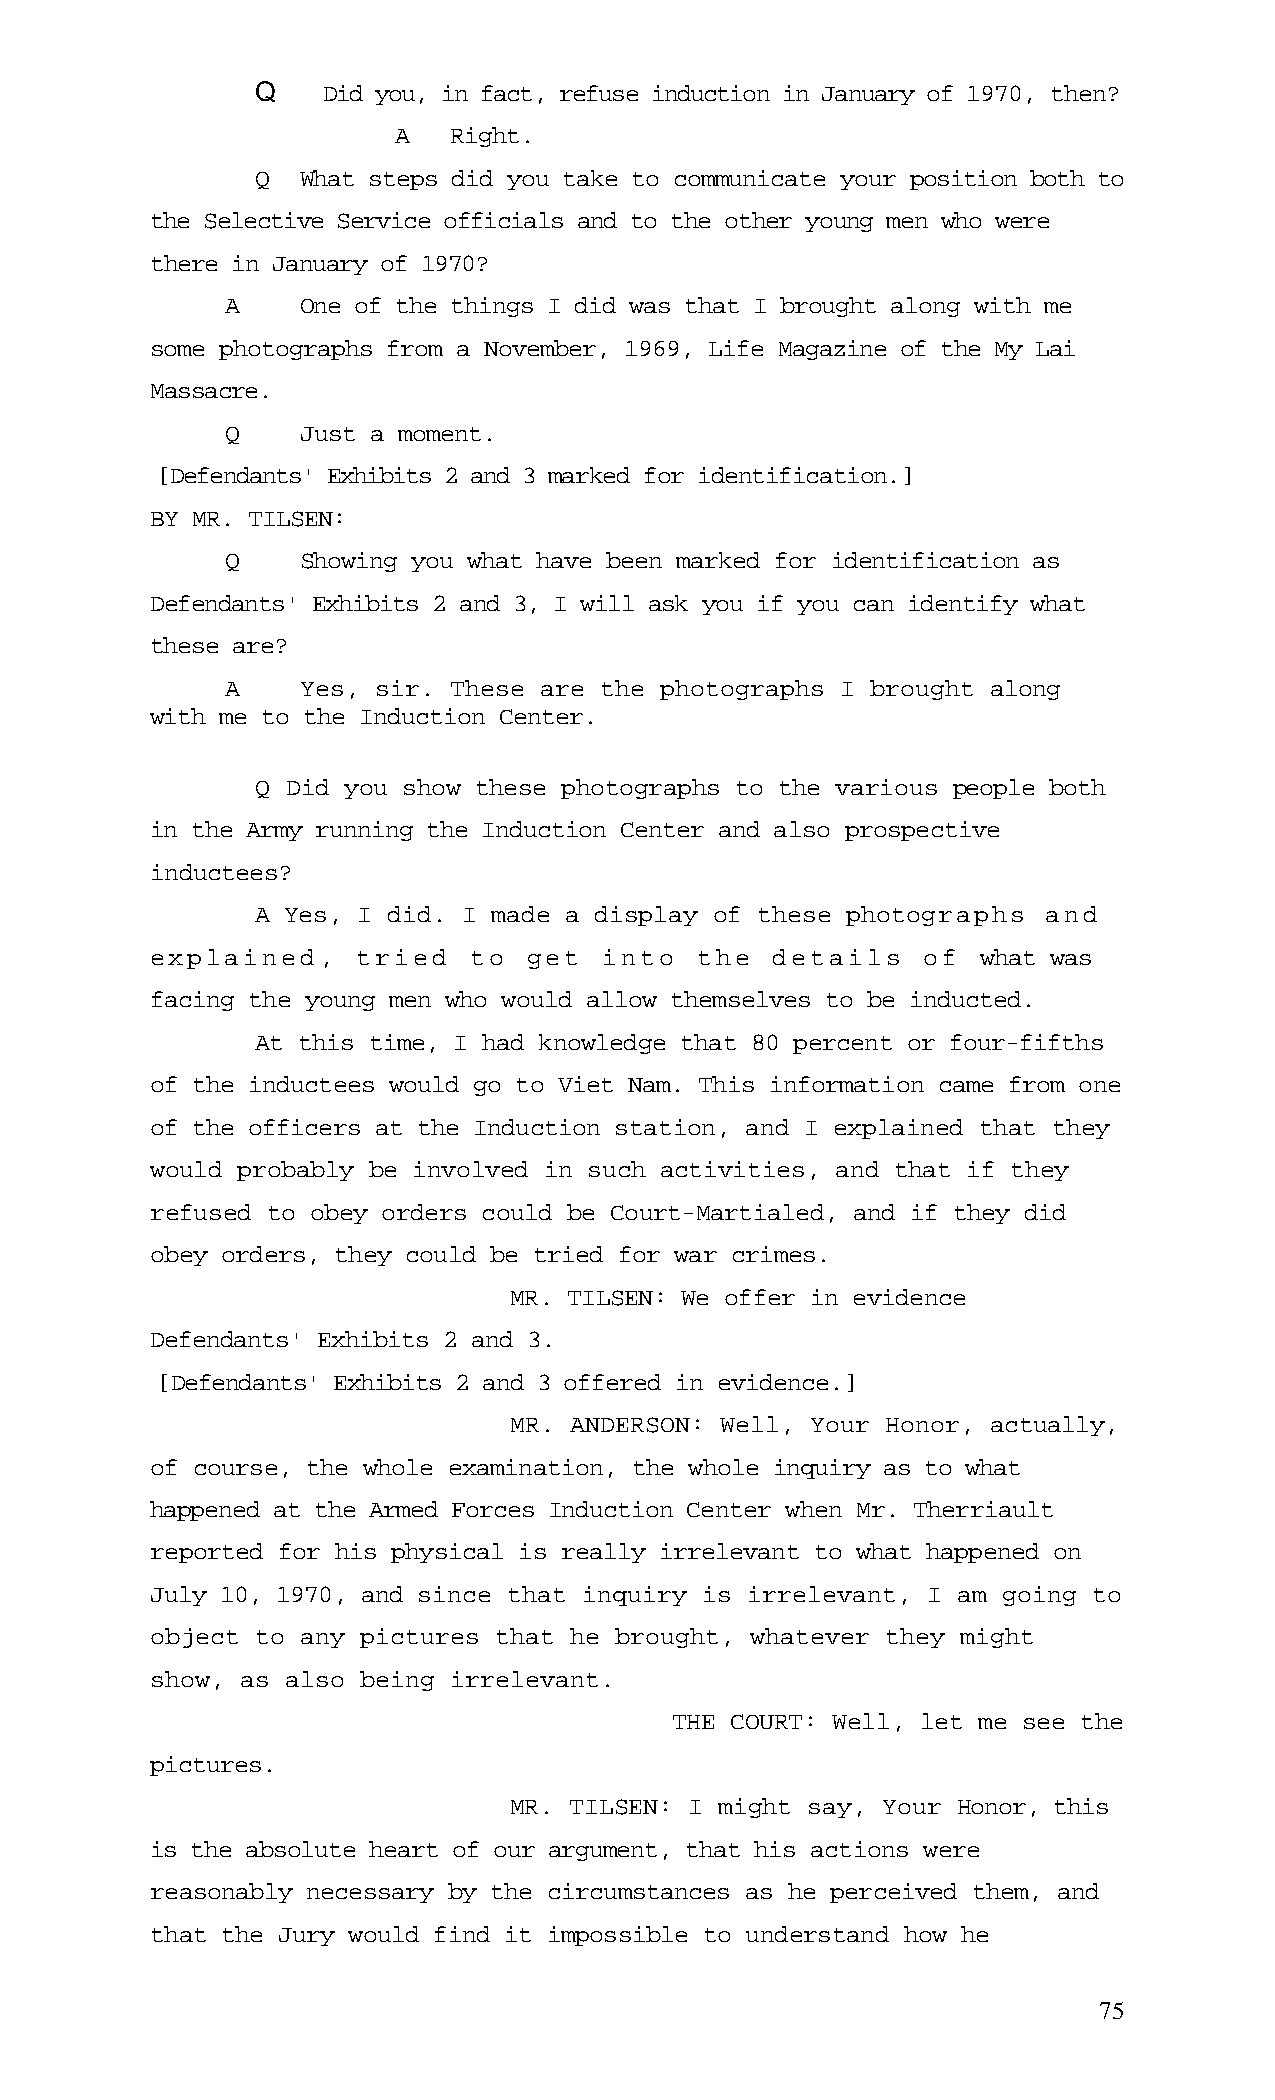
Q   Did you, in fact, refuse induction in January of 1970, then?
 A   Right.
 Q  What steps did you take to communicate your position both to
 the Selective Service officials and to the other young men who were
 there in January of 1970?
 A    One of the things I did was that I brought along with me
 some photographs from a November, 1969, Life Magazine of the My Lai
 Massacre.
 Q    Just a moment.
 [Defendants' Exhibits 2 and 3 marked for identification.]
 BY MR. TILSEN:
 Q    Showing you what have been marked for identification as
 Defendants' Exhibits 2 and 3, I will ask you if you can identify what
 these are?
 A    Yes, sir. These are the photographs I brought along
 with me to the Induction Center.
 Q Did you show these photographs to the various people both
 in the Army running the Induction Center and also prospective
 inductees?
 A Yes, I did. I made a display of these photographs and
 explained,    tried  to  get  into  the  details   of  what was
 facing the young men who would allow themselves to be inducted.
 At this time, I had knowledge that 80 percent or four-fifths
 of the inductees would go to Viet Nam. This information came from one
 of the officers at the Induction station, and I explained that they
 would probably be involved in such activities, and that if they
 refused to obey orders could be Court-Martialed, and if they did
 obey orders, they could be tried for war crimes.
 MR. TILSEN: We offer in evidence
 Defendants' Exhibits 2 and 3.
 [Defendants' Exhibits 2 and 3 offered in evidence.]
 MR. ANDERSON: Well, Your Honor, actually,
 of course, the whole examination, the whole inquiry as to what
 happened at the Armed Forces Induction Center when Mr. Therriault
 reported for his physical is really irrelevant to what happened on
 July 10, 1970, and since that inquiry is irrelevant, I am going to
 object to any pictures that he brought, whatever they might
 show, as also being irrelevant.
 THE COURT: Well, let me see the
 pictures.
 MR. TILSEN: I might say, Your Honor, this
 is the absolute heart of our argument, that his actions were
 reasonably necessary by the circumstances as he perceived them, and
 that the Jury would find it impossible to understand how he
 75